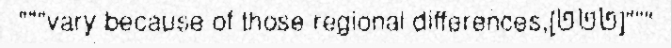
"""vary because of those regional differences,[២២២]"""